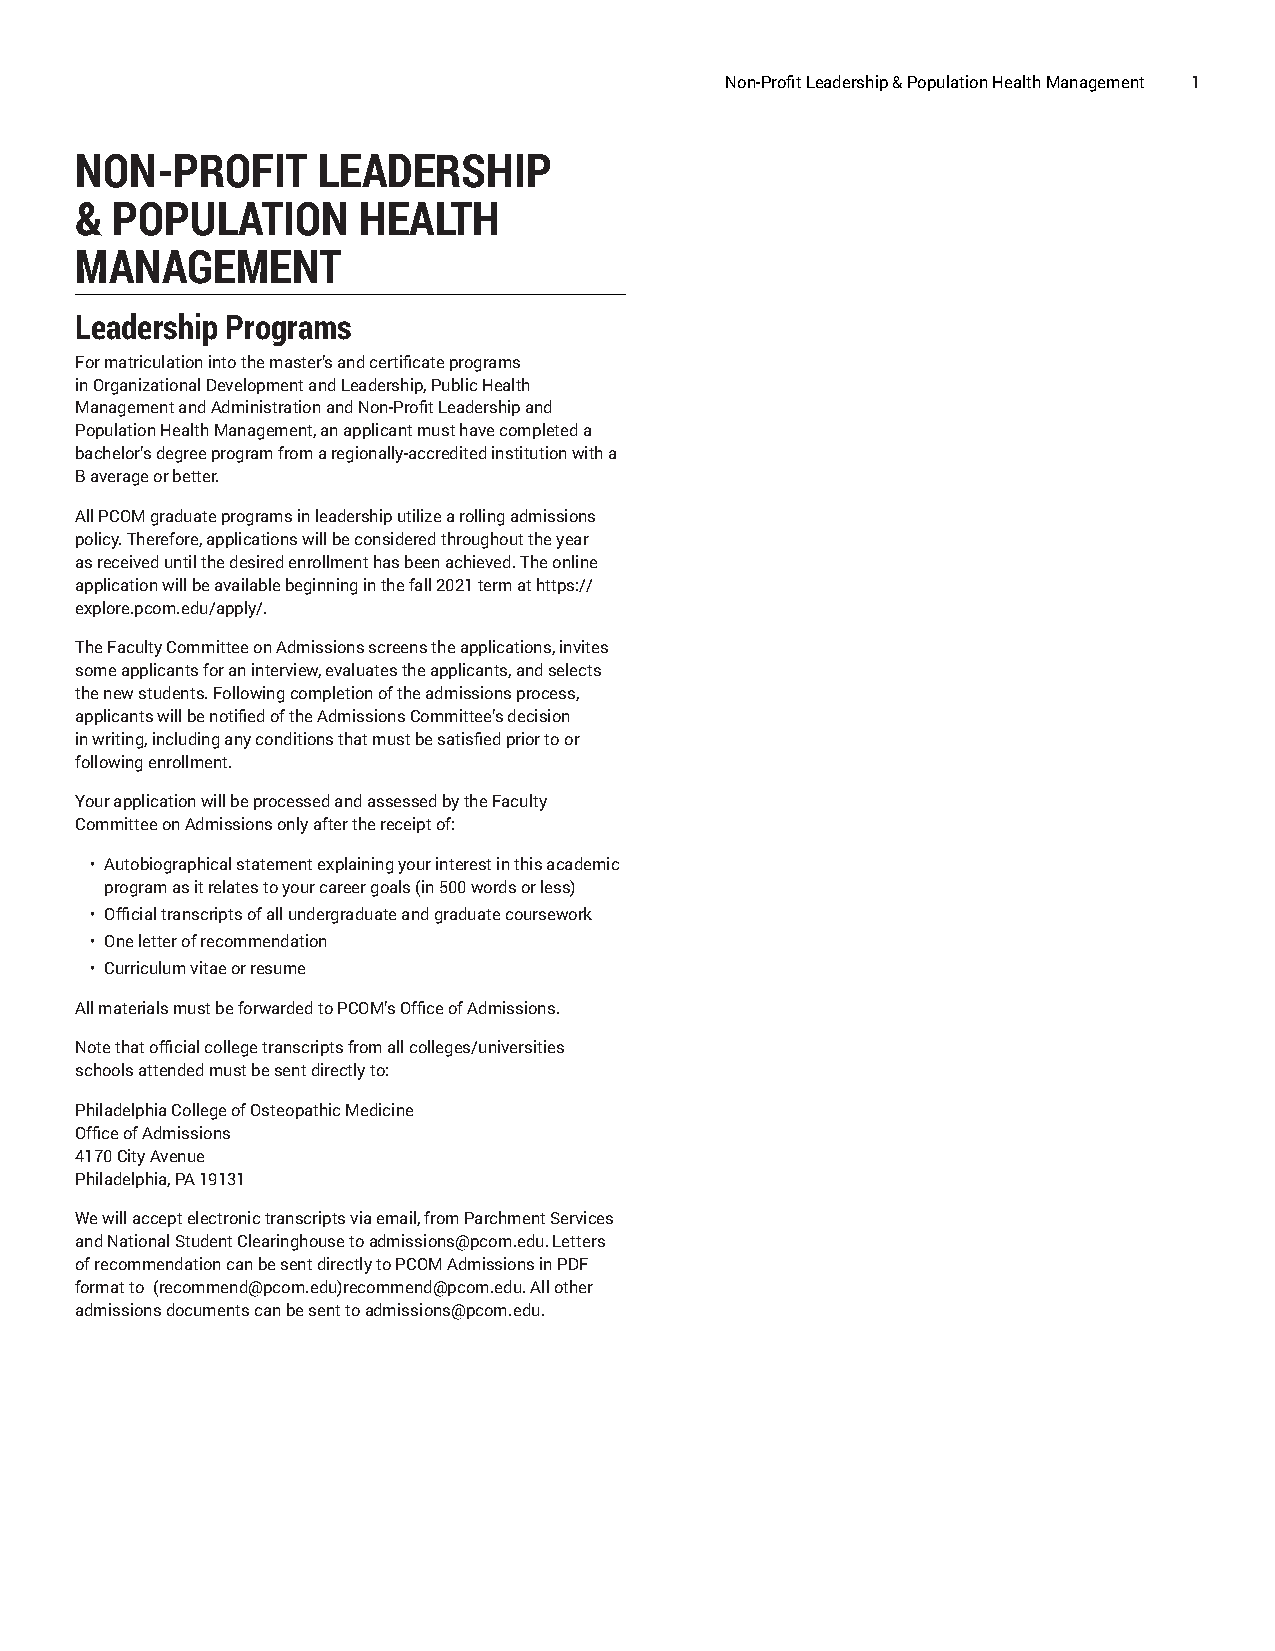
Non-Profit Leadership & Population Health Management 1
 NON-PROFIT      LEADERSHIP
 & POPULATION       HEALTH
 MANAGEMENT
 Leadership Programs
 For matriculation into the master’s and certificate programs
 in Organizational Development and Leadership, Public Health
 Management and Administration and Non-Profit Leadership and
 Population Health Management, an applicant must have completed a
 bachelor’s degree program from a regionally-accredited institution with a
 B average or better.
 All PCOM graduate programs in leadership utilize a rolling admissions
 policy. Therefore, applications will be considered throughout the year
 as received until the desired enrollment has been achieved. The online
 application will be available beginning in the fall 2021 term at https://
 explore.pcom.edu/apply/.
 The Faculty Committee on Admissions screens the applications, invites
 some applicants for an interview, evaluates the applicants, and selects
 the new students. Following completion of the admissions process,
 applicants will be notified of the Admissions Committee’s decision
 in writing, including any conditions that must be satisfied prior to or
 following enrollment.
 Your application will be processed and assessed by the Faculty
 Committee on Admissions only after the receipt of:
 • Autobiographical statement explaining your interest in this academic
 program as it relates to your career goals (in 500 words or less)
 • Official transcripts of all undergraduate and graduate coursework
 • One letter of recommendation
 • Curriculum vitae or resume
 All materials must be forwarded to PCOM’s Office of Admissions.
 Note that official college transcripts from all colleges/universities
 schools attended must be sent directly to:
 Philadelphia College of Osteopathic Medicine
 Office of Admissions
 4170 City Avenue
 Philadelphia, PA 19131
 We will accept electronic transcripts via email, from Parchment Services
 and National Student Clearinghouse to admissions@pcom.edu. Letters
 of recommendation can be sent directly to PCOM Admissions in PDF
 format to (recommend@pcom.edu)recommend@pcom.edu. All other
 admissions documents can be sent to admissions@pcom.edu.